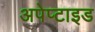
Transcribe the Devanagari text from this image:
अपेप्टाइड